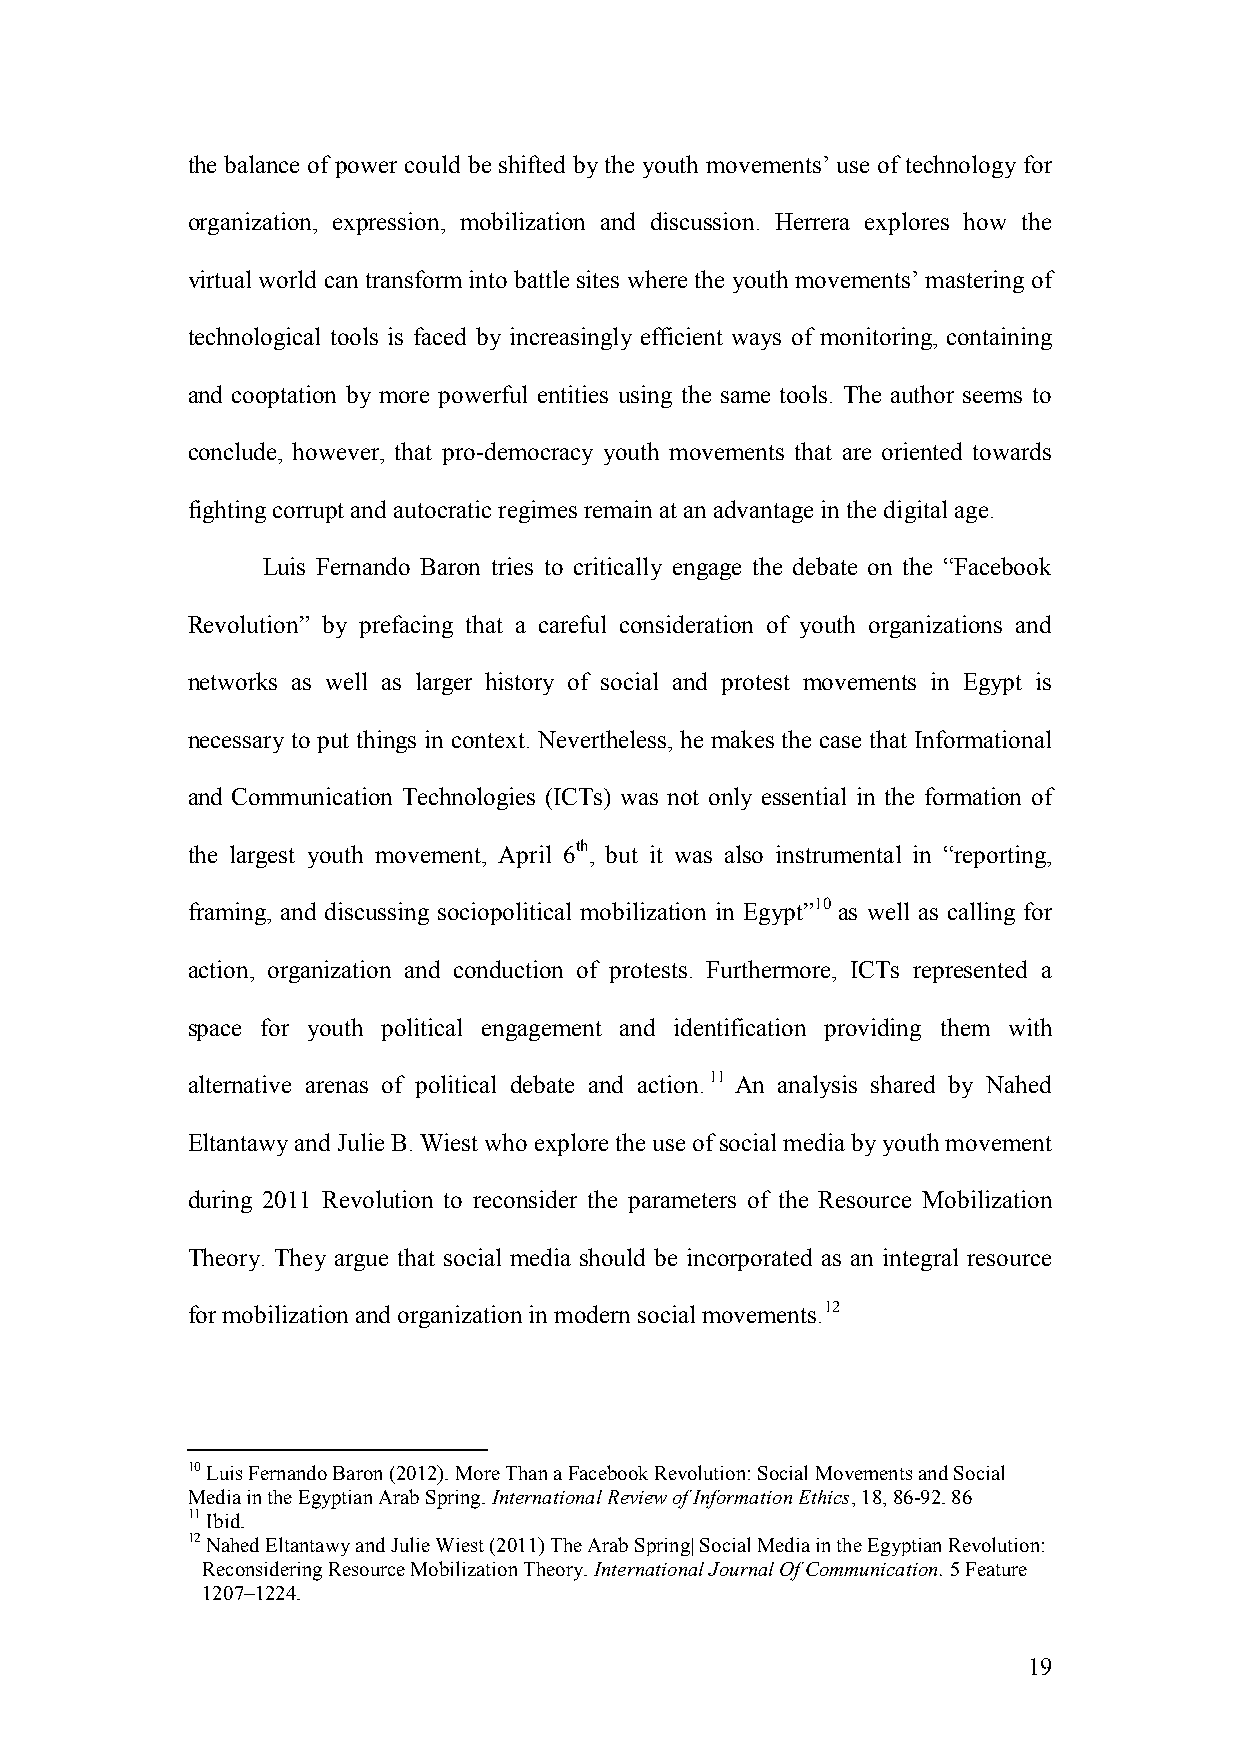
the balance of power could be shifted by the youth movements’ use of technology for
 organization, expression, mobilization and discussion. Herrera explores how the
 virtual world can transform into battle sites where the youth movements’ mastering of
 technological tools is faced by increasingly efficient ways of monitoring, containing
 and cooptation by more powerful entities using the same tools. The author seems to
 conclude, however, that pro-democracy youth movements that are oriented towards
 fighting corrupt and autocratic regimes remain at an advantage in the digital age.
 Luis Fernando Baron tries to critically engage the debate on the “Facebook
 Revolution” by prefacing that a careful consideration of youth organizations and
 networks as well as larger history of social and protest movements in Egypt is
 necessary to put things in context. Nevertheless, he makes the case that Informational
 and Communication Technologies (ICTs) was not only essential in the formation of
 the largest youth movement, April 6th, but it was also instrumental in “reporting,
 framing, and discussing sociopolitical mobilization in Egypt”10 as well as calling for
 action, organization and conduction of protests. Furthermore, ICTs represented a
 space for youth political engagement and identification providing them with
 alternative arenas of political debate and action.11 An analysis shared by Nahed
 Eltantawy and Julie B. Wiest who explore the use of social media by youth movement
 during 2011 Revolution to reconsider the parameters of the Resource Mobilization
 Theory. They argue that social media should be incorporated as an integral resource
 for mobilization and organization in modern social movements.12
 10 Luis Fernando Baron (2012). More Than a Facebook Revolution: Social Movements and Social
 Media in the Egyptian Arab Spring. International Review of Information Ethics, 18, 86-92. 86
 11 Ibid.
 12 Nahed Eltantawy and Julie Wiest (2011) The Arab Spring| Social Media in the Egyptian Revolution:
 Reconsidering Resource Mobilization Theory. International Journal Of Communication. 5 Feature
 1207–1224.
 19